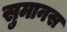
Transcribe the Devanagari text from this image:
सुमानस